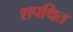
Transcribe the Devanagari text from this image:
शपथित